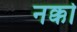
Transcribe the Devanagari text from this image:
नक्को